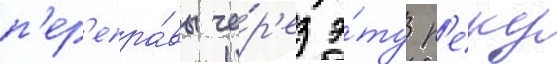
п'ер'епра́вы че́р'ез э́ту р'еку